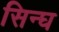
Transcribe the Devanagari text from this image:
सिन्घ